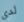
لدي